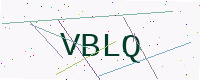
Text: VBLQ